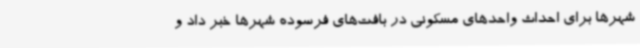
شهرها برای احداث واحدهای مسکونی در بافت‌های فرسوده شهرها خبر داد و